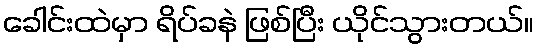
ခေါင်းထဲမှာ ရိပ်ခနဲ ဖြစ်ပြီး ယိုင်သွားတယ်။